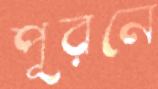
পূরনে